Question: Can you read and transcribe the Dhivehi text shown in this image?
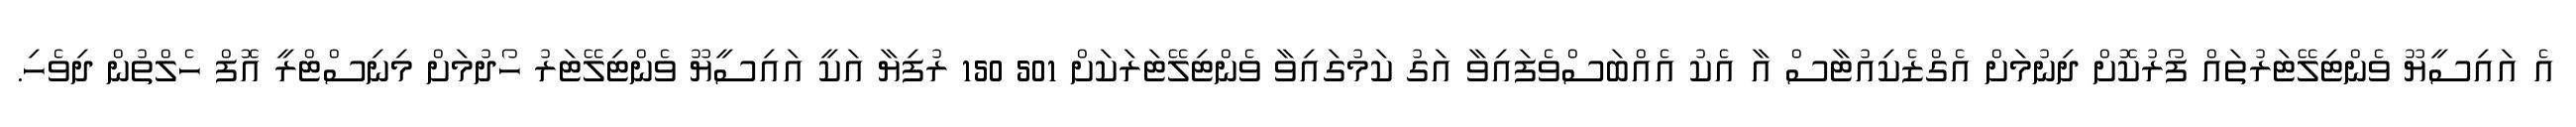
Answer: އެ އައިސީޔޫ ވެންޓިލޭޓަރުތައް ފޯރުކޮށް ދިނުމަށް އެގްޒެކިއުޓާސް އާ އެކު އެއްބަސްވެފައިވާ އަގު ކަމުގައިވާ ވެންޓިލޭޓަރަކަށް 501 150 ރުފިޔާ އަކީ އައިސީޔޫ ވެންޓިލޭޓަރު ހޯދުމަށް މިނިސްޓްރީ އޮފް ހެލްތުން ދިވެހި.